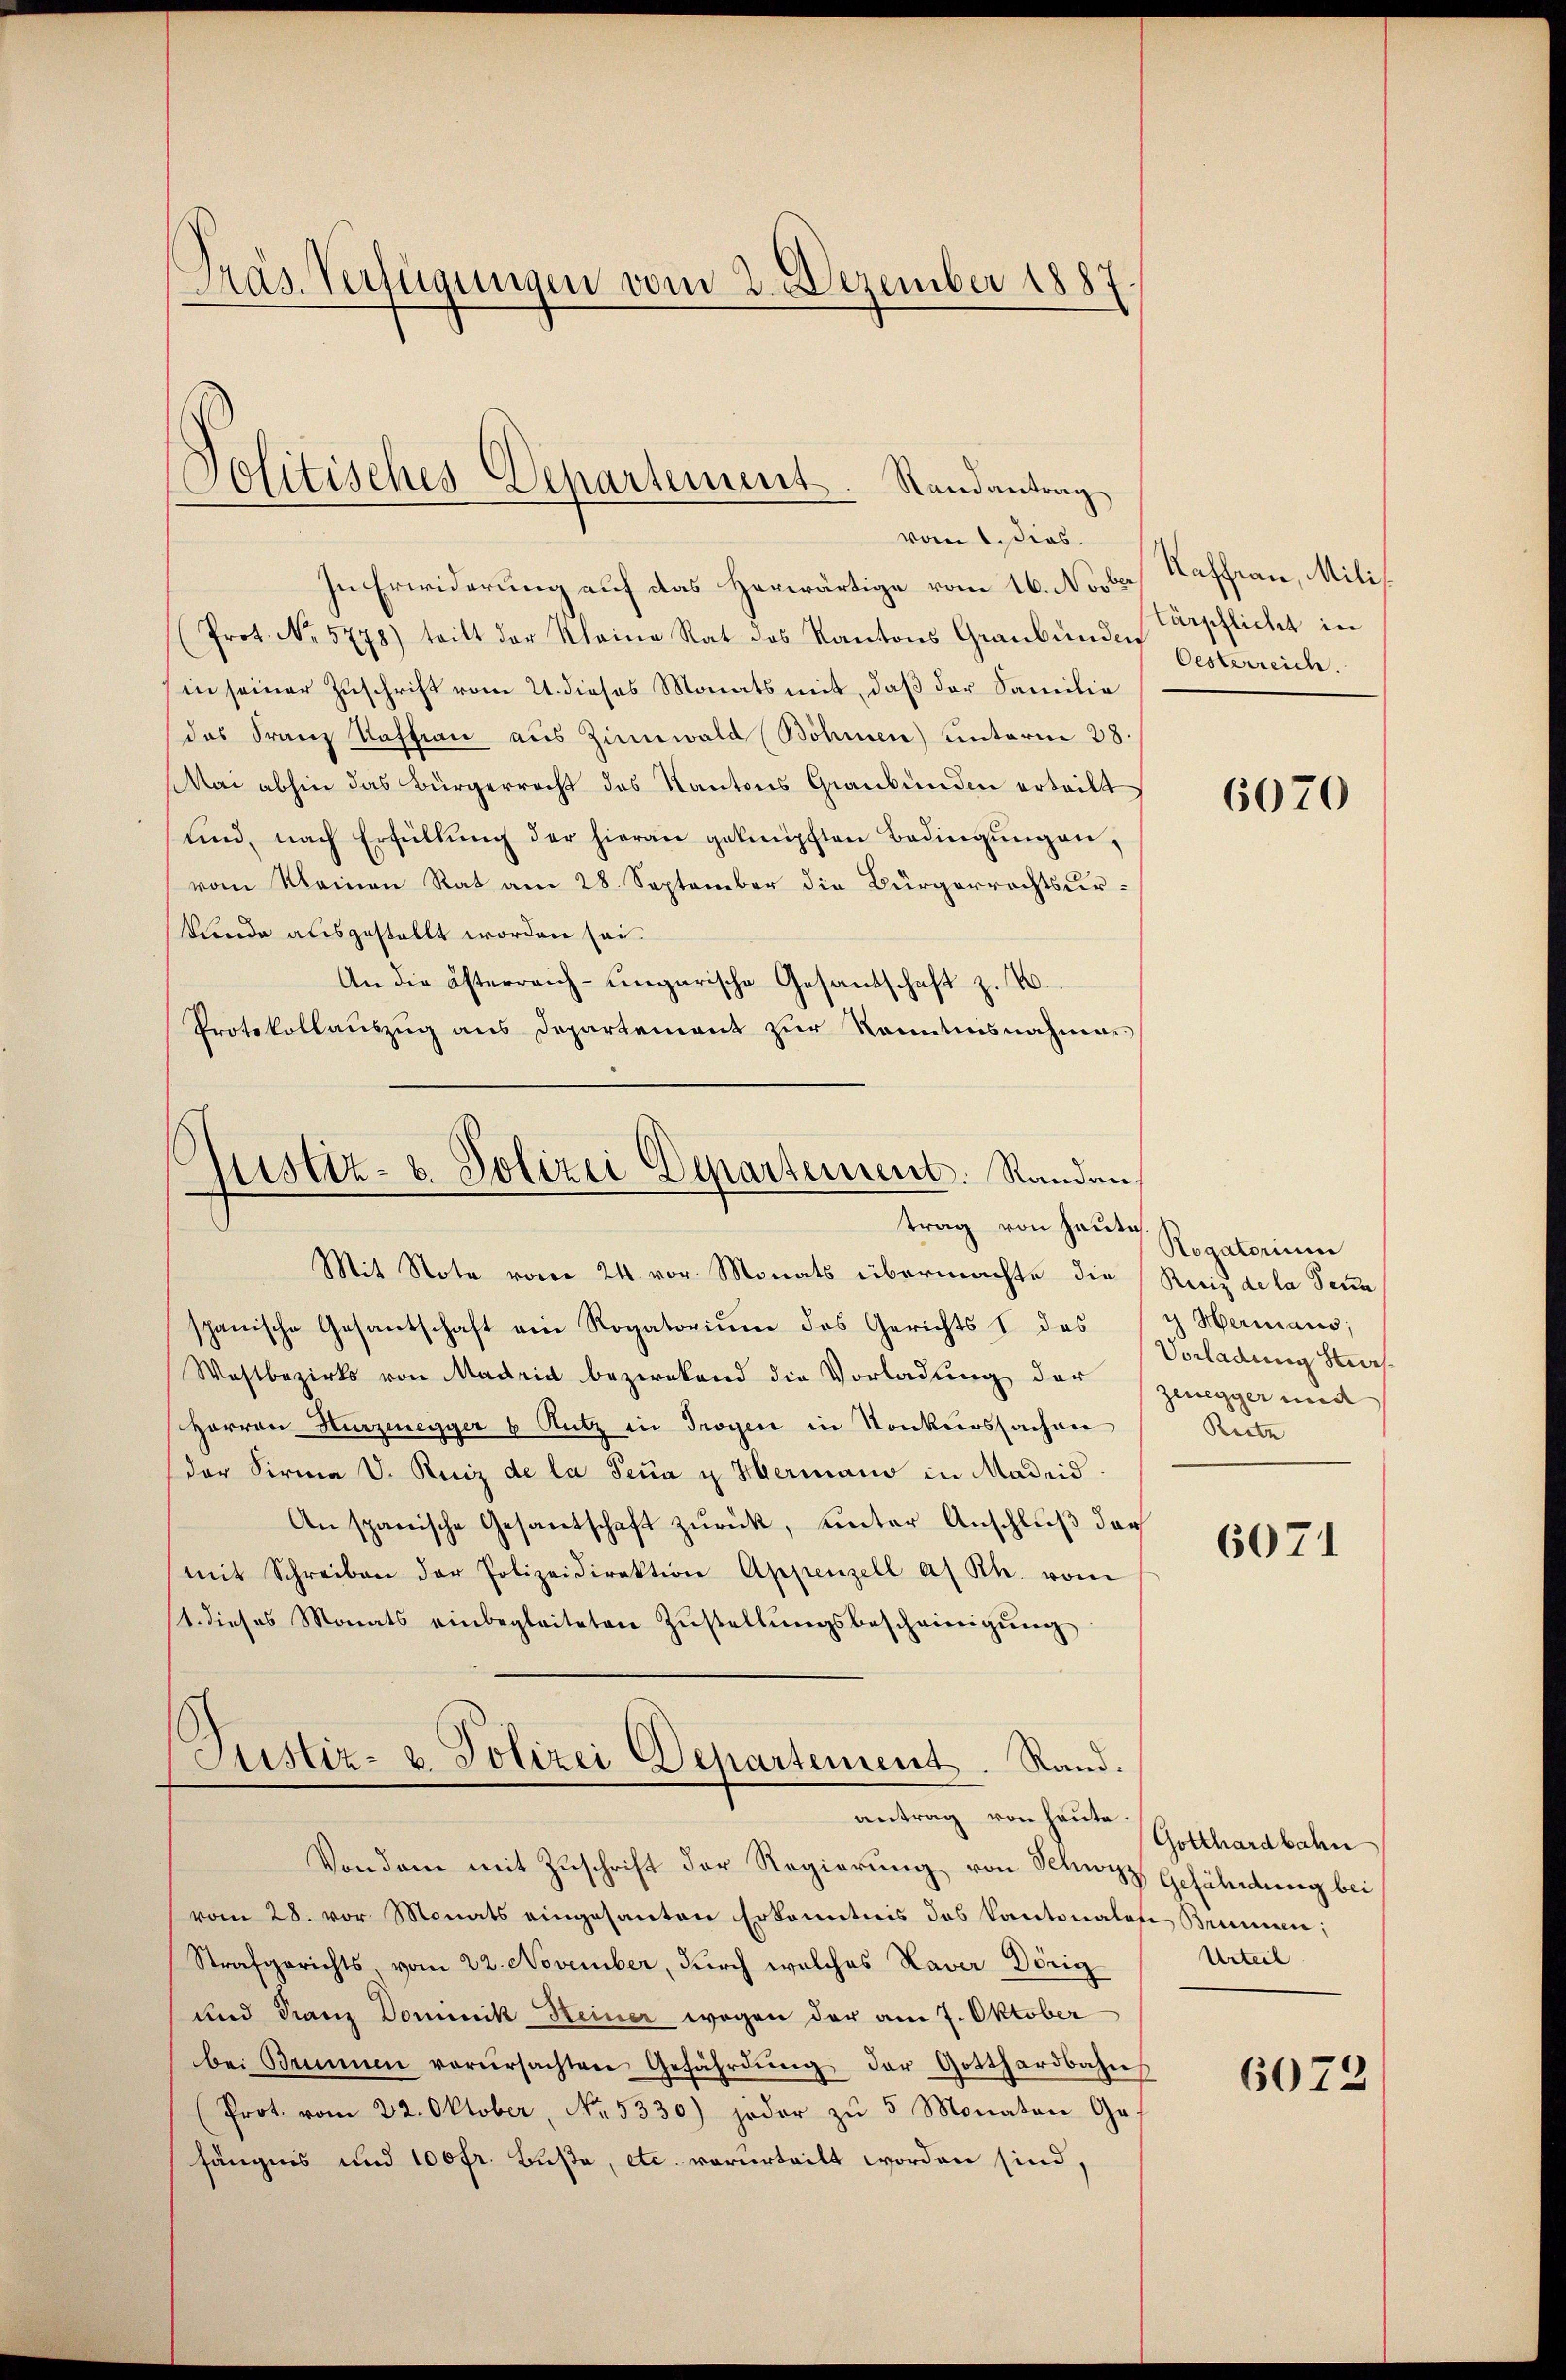
s
Präs. Verfügungen vom 2. Dezember 1887.

Politisches Departement. Randantrag
vom 1. dies

In Erwiderung auf das Horwärtige vom 16. Novbr. Kaffian, Mili¬
(Prot. No. 5778) tritt der Kleine Rat des Kantons Graubünden Erpflicht in
in seiner Zuschrift vom 21. dieses Monats mit, daß der Familie
das Franz Kaffian aus Zinnwald (Böhmen) unterm 28.
Mai abhin das Bürgerrecht des Kantons Graubünden erteilt
ŭnd, nach Erfüllŭng der hieran geknüpften Bedingŭngen,
vom Meinen Rat am 28. September die Bürgerrechtsurkuende ausgestellt worden sei.
An die österreich-ungarische Gesandschaft z. B.
Protokollauszug aus Departement zur Kenntnisnahmen

Justiz- & Polizei Departement. Randau,
trag von heute

Mit Note vom 24. vor. Monats übermachte die
spanische Gesantschaft ein Rogatorium des Gerichts & des
Westbezirks von Madrid bezwekend die Vorladung der
Herren Kurzenegger 6 Rutz in Trogen in Konkurssachen
der Firma V. Reiz de la Teua u Hermano in Madrid
An spanische Gesantschaft zŭrück, unter Anschluß der
mit Schreiben der Polizeidirektion Appenzell a. Rh. vom
1. dieses Monats einbegleiteten Zŭstellŭngsbescheinigŭng
Justiz- u. Polizei Departement. Rand.
antrag von heute.
Von dem mit Zuschrift der Regierung von Schwyz
vom 28. vor Monats eingesanten Erkanntnis des Kantonalen Brunnern;
Strafgerichts, vom 22. November, durch welches Xaver Dörig
und Franz Dominik Heiner wegen der am 7. Oktober
bei Brunnen verŭrsachten Gefährdŭng der Gotthardbahn
(Prot. vom 22. Oktober, No. 5330) jeder zŭ 5 Monaten Ge-
fängnis und 100fr. Buße, etc. vorurteilt worden sind,

Oesterreich.

6070

Rogatorium
Reiz de la denn
g Hermaus;
Vorladung Stur
zenegger und
Reitz

6071

Gotthardbahn
Gefährdung bei
Urteil

6072